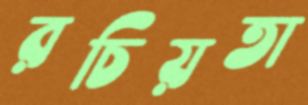
রচিয়তা